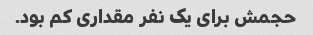
حجمش برای یک نفر مقداری کم بود.